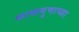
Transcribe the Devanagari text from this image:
काव्यगुणाच्या